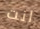
انت